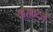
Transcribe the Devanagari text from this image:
वासवदत्तं